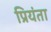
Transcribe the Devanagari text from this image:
प्रियंता